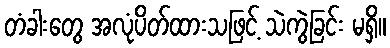
တံခါးတွေ အလုံပိတ်ထားသဖြင့် သဲကွဲခြင်း မရှိ။